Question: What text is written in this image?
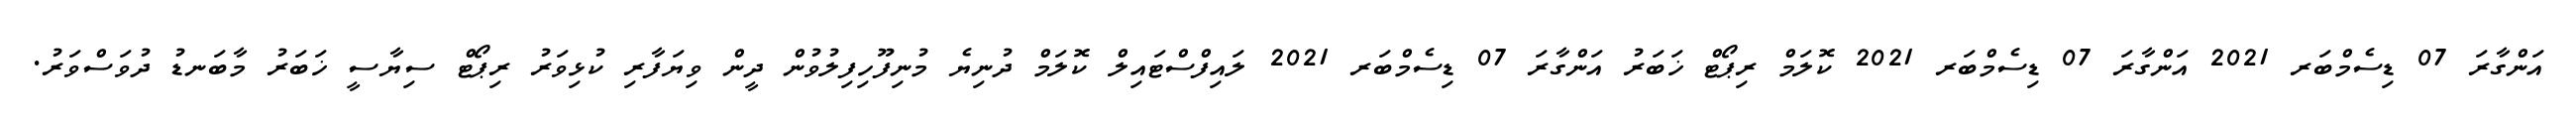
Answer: އަންގާރަ 07 ޑިސެމްބަރ 2021 އަންގާރަ 07 ޑިސެމްބަރ 2021 ކޮލަމް ރިޕޯޓް ޚަބަރު އަންގާރަ 07 ޑިސެމްބަރ 2021 ލައިފްސްޓައިލް ކޮލަމް ދުނިޔެ މުނިފޫހިފިލުވުން ދީން ވިޔަފާރި ކުޅިވަރު ރިޕޯޓް ސިޔާސީ ޚަބަރު މާބަނޑު ދުވަސްވަރު.